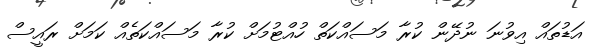
އަޑުތައް އިވުނަ ނުދޭން ކުރާ މަސައްކަތް ހުއްޓުމަށް ކުރާ މަސައްކަތެއް ކަމަށް ރައީސް